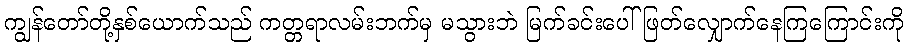
ကျွန်တော်တို့နှစ်ယောက်သည် ကတ္တရာလမ်းဘက်မှ မသွားဘဲ မြက်ခင်းပေါ် ဖြတ်လျှောက်နေကြကြောင်းကို